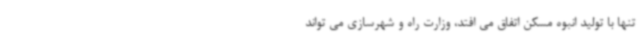
تنها با تولید انبوه مسکن اتفاق می افتد، وزارت راه و شهرسازی می تواند